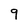
Character: 9